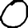
Digit: 0